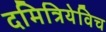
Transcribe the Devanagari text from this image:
दमित्रियेविच